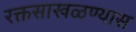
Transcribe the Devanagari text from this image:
रक्तसाखळण्यास